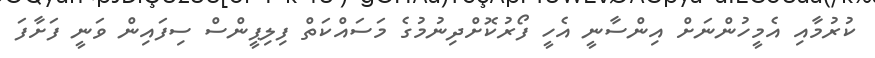
ކުރުމާއި އެމީހުންނަށް އިންސާނީ އެހީ ފޯރުކޮށްދިނުމުގެ މަސައްކަތް ފިލިޕީންސް ސިފައިން ވަނީ ފަށާފަ